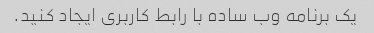
یک برنامه وب ساده با رابط کاربری ایجاد کنید.